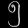
Digit: ၅